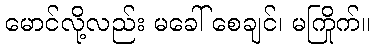
မောင်လို့လည်း မခေါ် စေချင်၊ မကြိုက်။